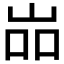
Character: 𱛢